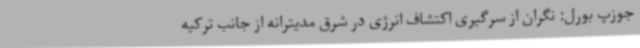
جوزپ بورل: نگران از سرگیری اکتشاف انرژی در شرق مدیترانه از جانب ترکیه